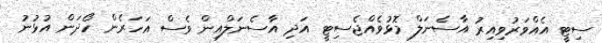
ސިޓީ އެއްވަރުވިއިރު އާސެނަލް މޮޅުވެއްޖެސިޓީ އަދި އާސެނަލްއިން ވެސް އަހަރެން ހޯދަން އުޅުނު